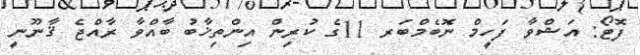
ފޮޓޯ: އަޝްވާ ފަހީމް ނޮބެމްބަރ 11ގެ ކުރިން އިންތިޚާބު ބާއްވާ ރާއްޖެ ޤާނޫނީ